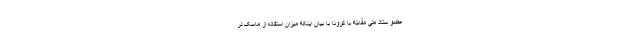
عضو ستاد ملی مقابله با کرونا با بیان اینکه میزان استفاده از ماسک در